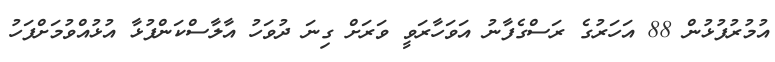
އުމުރުފުޅުން 88 އަހަރުގެ ރަސްގެފާނު އަވަހާރަވީ ވަރަށް ގިނަ ދުވަހު އާލާސްކަންފުޅާ އުޅުއްވުމަށްފަހު